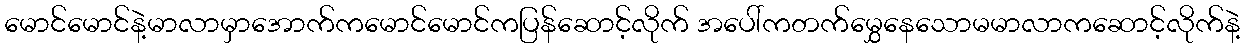
မောင်မောင်နဲ့မာလာမှာအောက်ကမောင်မောင်ကပြန်ဆောင့်လိုက် အပေါ်ကတက်မွှေနေသောမမာလာကဆောင့်လိုက်နဲ့